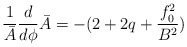
\begin{align*}\frac{1}{\bar{A}} \frac{d}{d \phi} \bar{A} = - ( 2 + 2q+ \frac{f_0^2 }{B^2} )\end{align*}